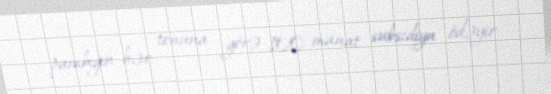
pambığın hər tonuna görə 100 manat subsidiya ödəyir.